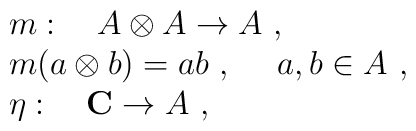
\begin{array}{rcl}& & m:~~~A\otimes A\to A~,\\& & m(a\otimes b)=ab~,~~~~a,b\in A~,\\& & \eta:~~~{\bf C}\to A~,\end{array}